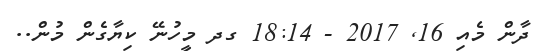
ދާން މެއި 16